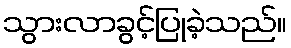
သွားလာခွင့်ပြုခဲ့သည်။